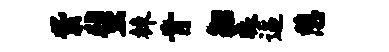
紫蜚棘肯貂昧逼憩